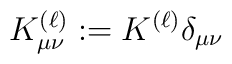
K_{\mu\nu}^{(\ell)}:= K^{(\ell)} \delta_{\mu\nu}